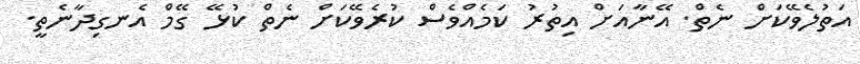
އަތުލެވޭކަށް ނެތް. އޭނާއަށް އިތުރު ކަމެއްވެސް ކުރެވޭކަށް ނެތް ކުޅޭ ގޭމް އެނގިދާނެތީ.